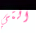
التي